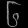
Digit: ၆